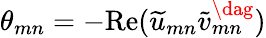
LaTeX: \theta_{mn}=-\mathrm{Re}(\widetilde{u}_{mn}\widetilde{v}_{mn}^{\dag})